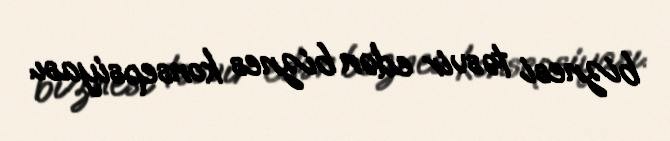
biznesi təsvir edən biznes konsepsiyası.